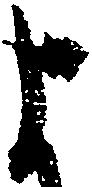
よ